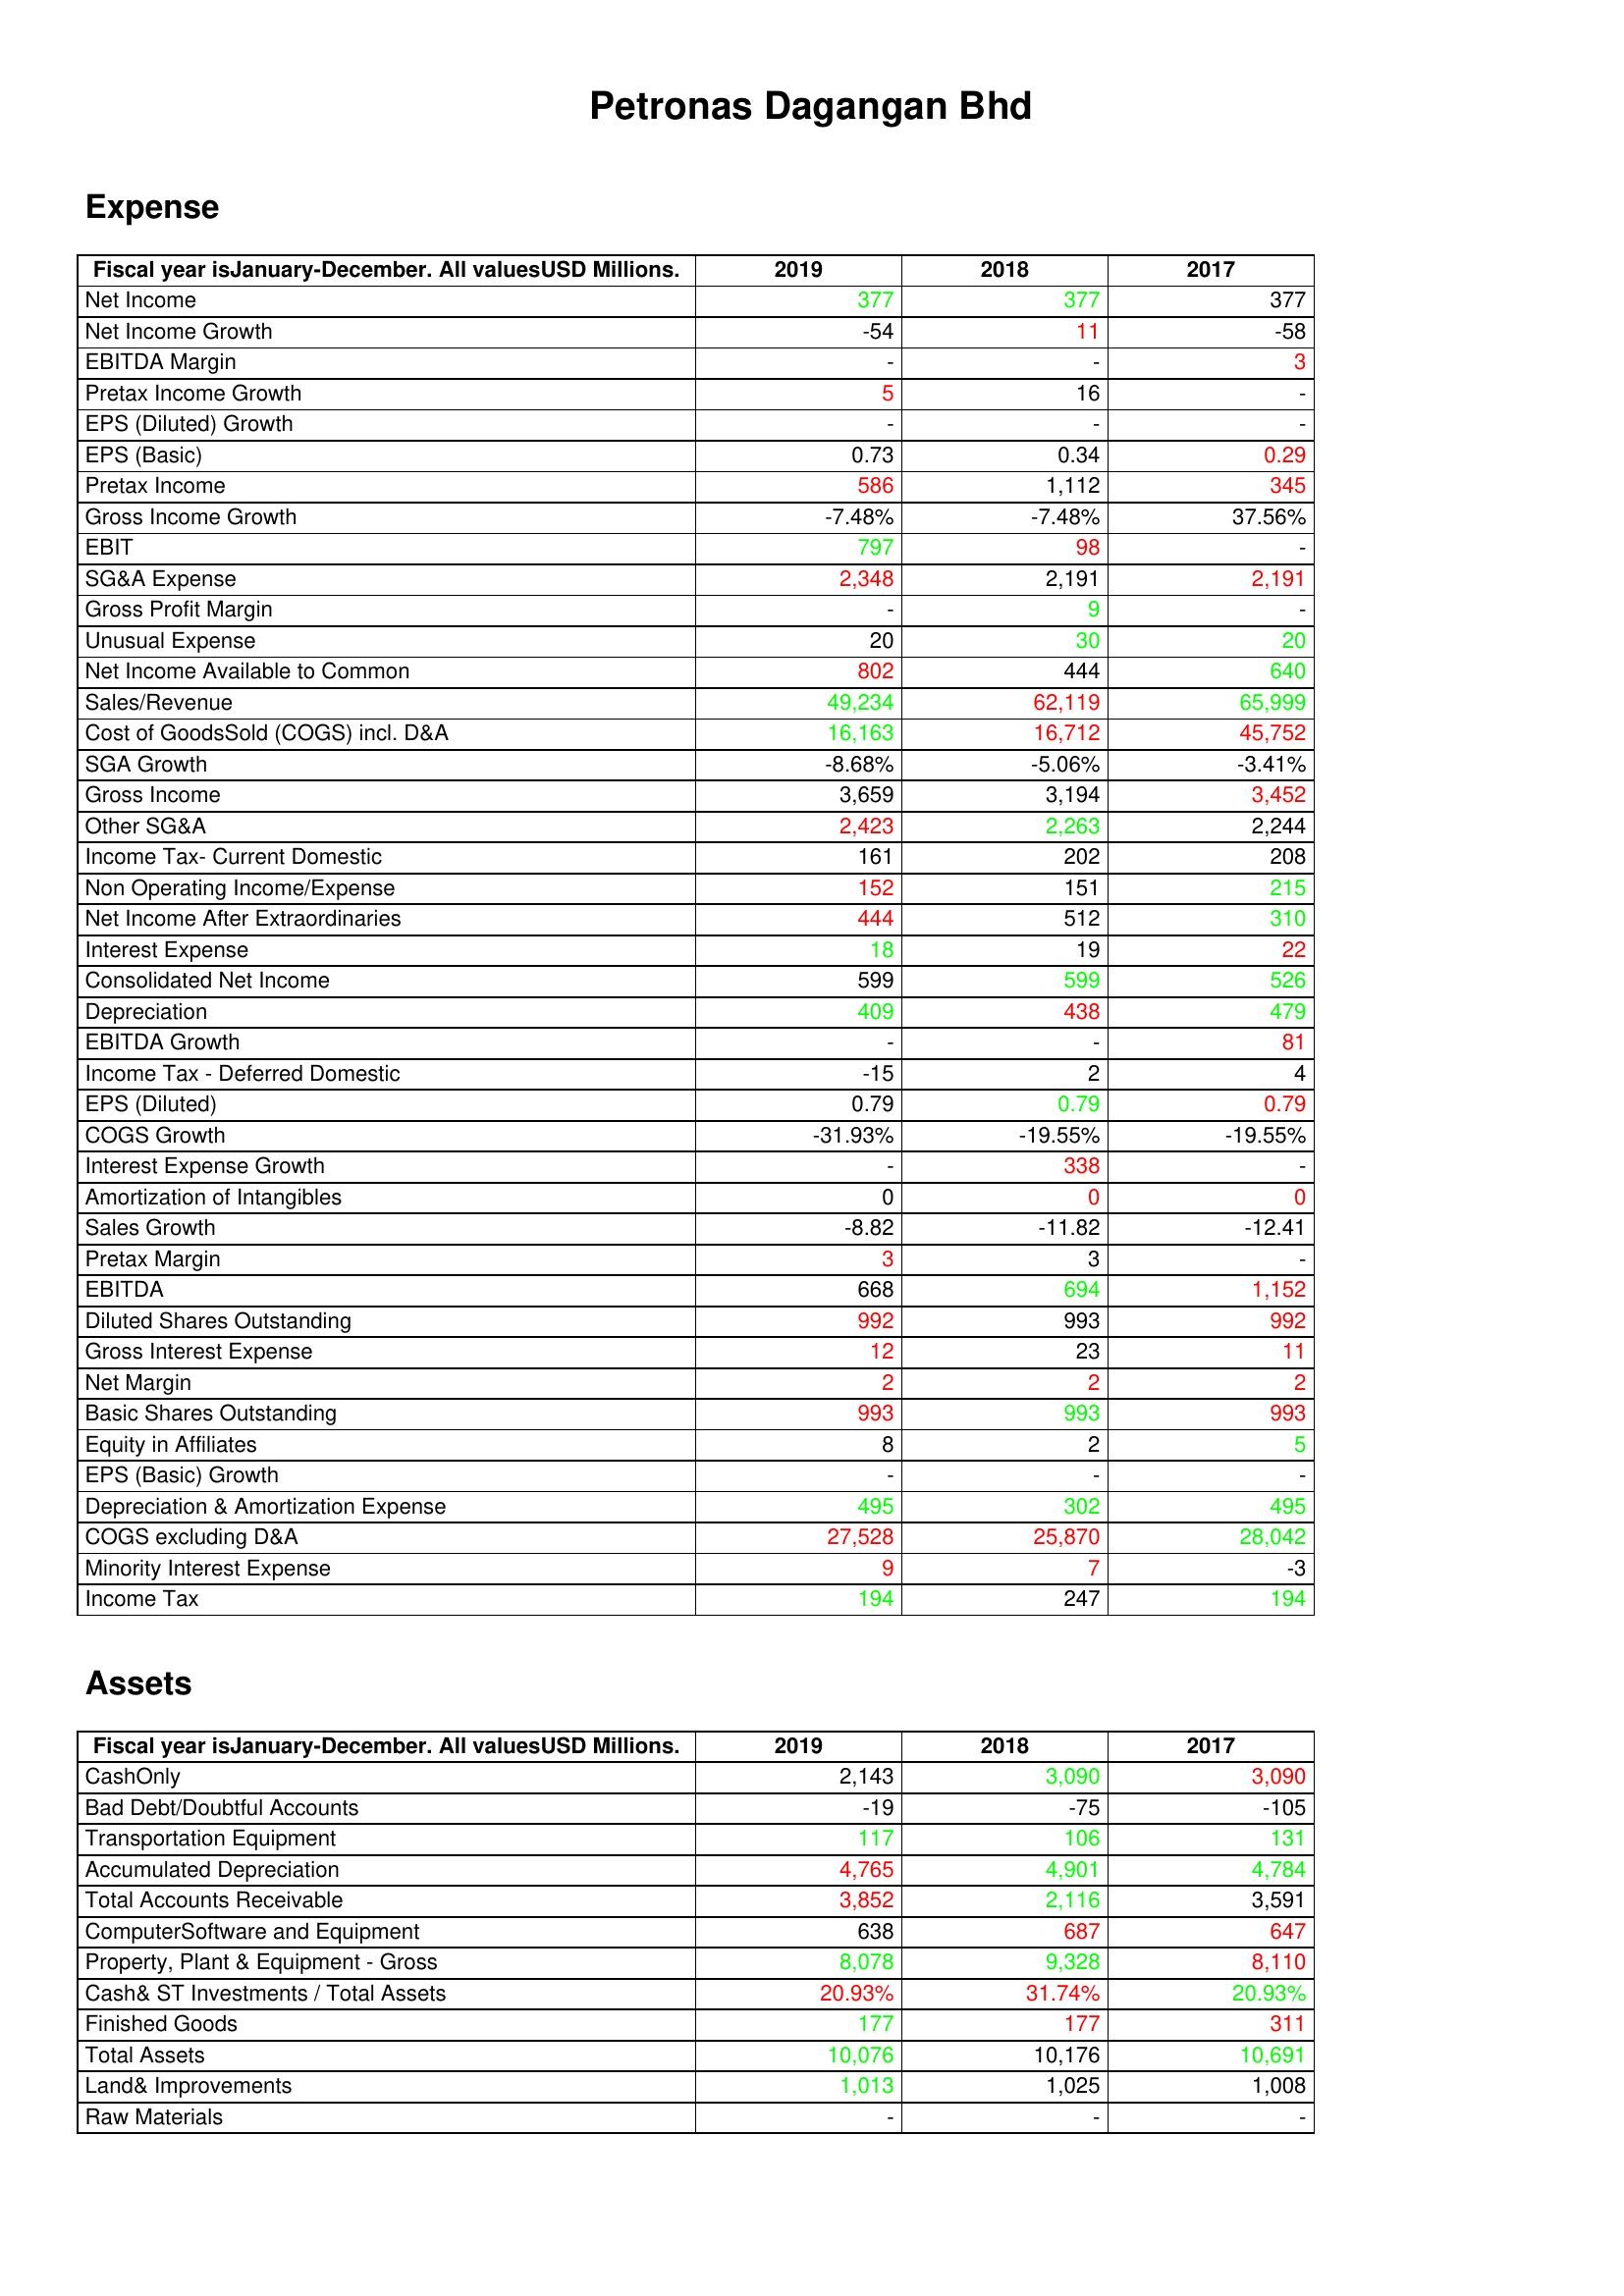
gt_parse: 2019: Expense: Net Income: 377
Net Income Growth: -54
EBITDA Margin: -
Pretax Income Growth: 5
EPS (Diluted) Growth: -
EPS (Basic): 0.73
Pretax Income: 586
Gross Income Growth: -7.48%
EBIT: 797
SG&A Expense: 2,348
Gross Profit Margin: -
Unusual Expense: 20
Net Income Available to Common: 802
Sales/Revenue: 49,234
Cost of GoodsSold (COGS) incl. D&A: 16,163
SGA Growth: -8.68%
Gross Income: 3,659
Other SG&A: 2,423
Income Tax- Current Domestic: 161
Non Operating Income/Expense: 152
Net Income After Extraordinaries: 444
Interest Expense: 18
Consolidated Net Income: 599
Depreciation: 409
EBITDA Growth: -
Income Tax - Deferred Domestic: -15
EPS (Diluted): 0.79
COGS Growth: -31.93%
Interest Expense Growth: -
Amortization of Intangibles: 0
Sales Growth: -8.82
Pretax Margin: 3
EBITDA: 668
Diluted Shares Outstanding: 992
Gross Interest Expense: 12
Net Margin: 2
Basic Shares Outstanding: 993
Equity in Affiliates: 8
EPS (Basic) Growth: -
Depreciation & Amortization Expense: 495
COGS excluding D&A: 27,528
Minority Interest Expense: 9
Income Tax: 194
Assets: CashOnly: 2,143
Bad Debt/Doubtful Accounts: -19
Transportation Equipment: 117
Accumulated Depreciation: 4,765
Total Accounts Receivable: 3,852
ComputerSoftware and Equipment: 638
Property, Plant & Equipment - Gross : 8,078
Cash& ST Investments / Total Assets: 20.93%
Finished Goods: 177
Total Assets: 10,076
Land& Improvements: 1,013
Raw Materials: -
2018: Expense: Net Income: 377
Net Income Growth: 11
EBITDA Margin: -
Pretax Income Growth: 16
EPS (Diluted) Growth: -
EPS (Basic): 0.34
Pretax Income: 1,112
Gross Income Growth: -7.48%
EBIT: 98
SG&A Expense: 2,191
Gross Profit Margin: 9
Unusual Expense: 30
Net Income Available to Common: 444
Sales/Revenue: 62,119
Cost of GoodsSold (COGS) incl. D&A: 16,712
SGA Growth: -5.06%
Gross Income: 3,194
Other SG&A: 2,263
Income Tax- Current Domestic: 202
Non Operating Income/Expense: 151
Net Income After Extraordinaries: 512
Interest Expense: 19
Consolidated Net Income: 599
Depreciation: 438
EBITDA Growth: -
Income Tax - Deferred Domestic: 2
EPS (Diluted): 0.79
COGS Growth: -19.55%
Interest Expense Growth: 338
Amortization of Intangibles: 0
Sales Growth: -11.82
Pretax Margin: 3
EBITDA: 694
Diluted Shares Outstanding: 993
Gross Interest Expense: 23
Net Margin: 2
Basic Shares Outstanding: 993
Equity in Affiliates: 2
EPS (Basic) Growth: -
Depreciation & Amortization Expense: 302
COGS excluding D&A: 25,870
Minority Interest Expense: 7
Income Tax: 247
Assets: CashOnly: 3,090
Bad Debt/Doubtful Accounts: -75
Transportation Equipment: 106
Accumulated Depreciation: 4,901
Total Accounts Receivable: 2,116
ComputerSoftware and Equipment: 687
Property, Plant & Equipment - Gross : 9,328
Cash& ST Investments / Total Assets: 31.74%
Finished Goods: 177
Total Assets: 10,176
Land& Improvements: 1,025
Raw Materials: -
2017: Expense: Net Income: 377
Net Income Growth: -58
EBITDA Margin: 3
Pretax Income Growth: -
EPS (Diluted) Growth: -
EPS (Basic): 0.29
Pretax Income: 345
Gross Income Growth: 37.56%
EBIT: -
SG&A Expense: 2,191
Gross Profit Margin: -
Unusual Expense: 20
Net Income Available to Common: 640
Sales/Revenue: 65,999
Cost of GoodsSold (COGS) incl. D&A: 45,752
SGA Growth: -3.41%
Gross Income: 3,452
Other SG&A: 2,244
Income Tax- Current Domestic: 208
Non Operating Income/Expense: 215
Net Income After Extraordinaries: 310
Interest Expense: 22
Consolidated Net Income: 526
Depreciation: 479
EBITDA Growth: 81
Income Tax - Deferred Domestic: 4
EPS (Diluted): 0.79
COGS Growth: -19.55%
Interest Expense Growth: -
Amortization of Intangibles: 0
Sales Growth: -12.41
Pretax Margin: -
EBITDA: 1,152
Diluted Shares Outstanding: 992
Gross Interest Expense: 11
Net Margin: 2
Basic Shares Outstanding: 993
Equity in Affiliates: 5
EPS (Basic) Growth: -
Depreciation & Amortization Expense: 495
COGS excluding D&A: 28,042
Minority Interest Expense: -3
Income Tax: 194
Assets: CashOnly: 3,090
Bad Debt/Doubtful Accounts: -105
Transportation Equipment: 131
Accumulated Depreciation: 4,784
Total Accounts Receivable: 3,591
ComputerSoftware and Equipment: 647
Property, Plant & Equipment - Gross : 8,110
Cash& ST Investments / Total Assets: 20.93%
Finished Goods: 311
Total Assets: 10,691
Land& Improvements: 1,008
Raw Materials: -